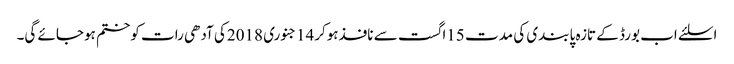
اسلئے اب بورڈ کے تازہ پابندی کی مدت 15اگست سے نافذہوکر14جنوری 2018کی آدھی رات کوختم ہوجائے گی۔